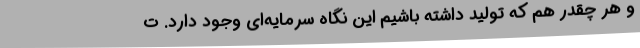
و هر چقدر هم که تولید داشته باشیم این نگاه سرمایه‌ای وجود دارد. ت